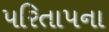
પરિતાપના